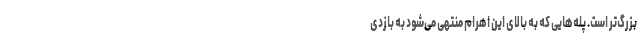
بزرگ‌تر است. پله‌هایی که به بالای این اهرام منتهی می‌شود به بازدی